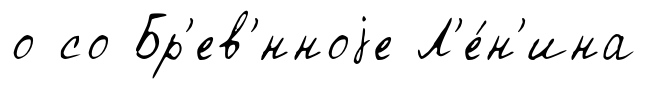
о со Бр'ев'́нноjе Л'е́н'ина